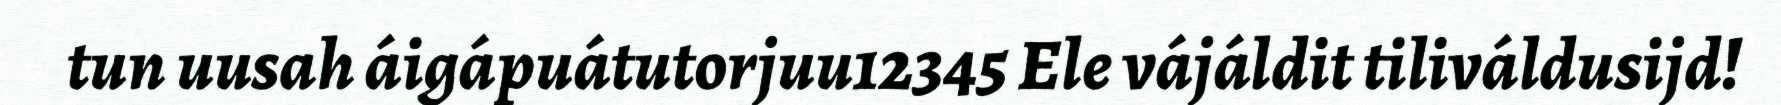
tun uusah áigápuátutorjuu12345 Ele vájáldit tiliváldusijd!